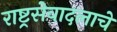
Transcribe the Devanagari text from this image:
राष्ट्रसेवादलाचे